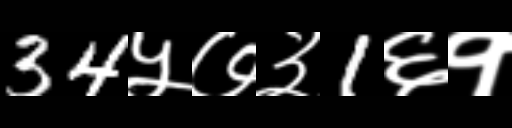
Text: 34५७३1६१